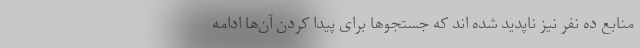
منابع ده نفر نیز ناپدید شده اند که جستجو‌ها برای پیدا کردن آن‌ها ادامه